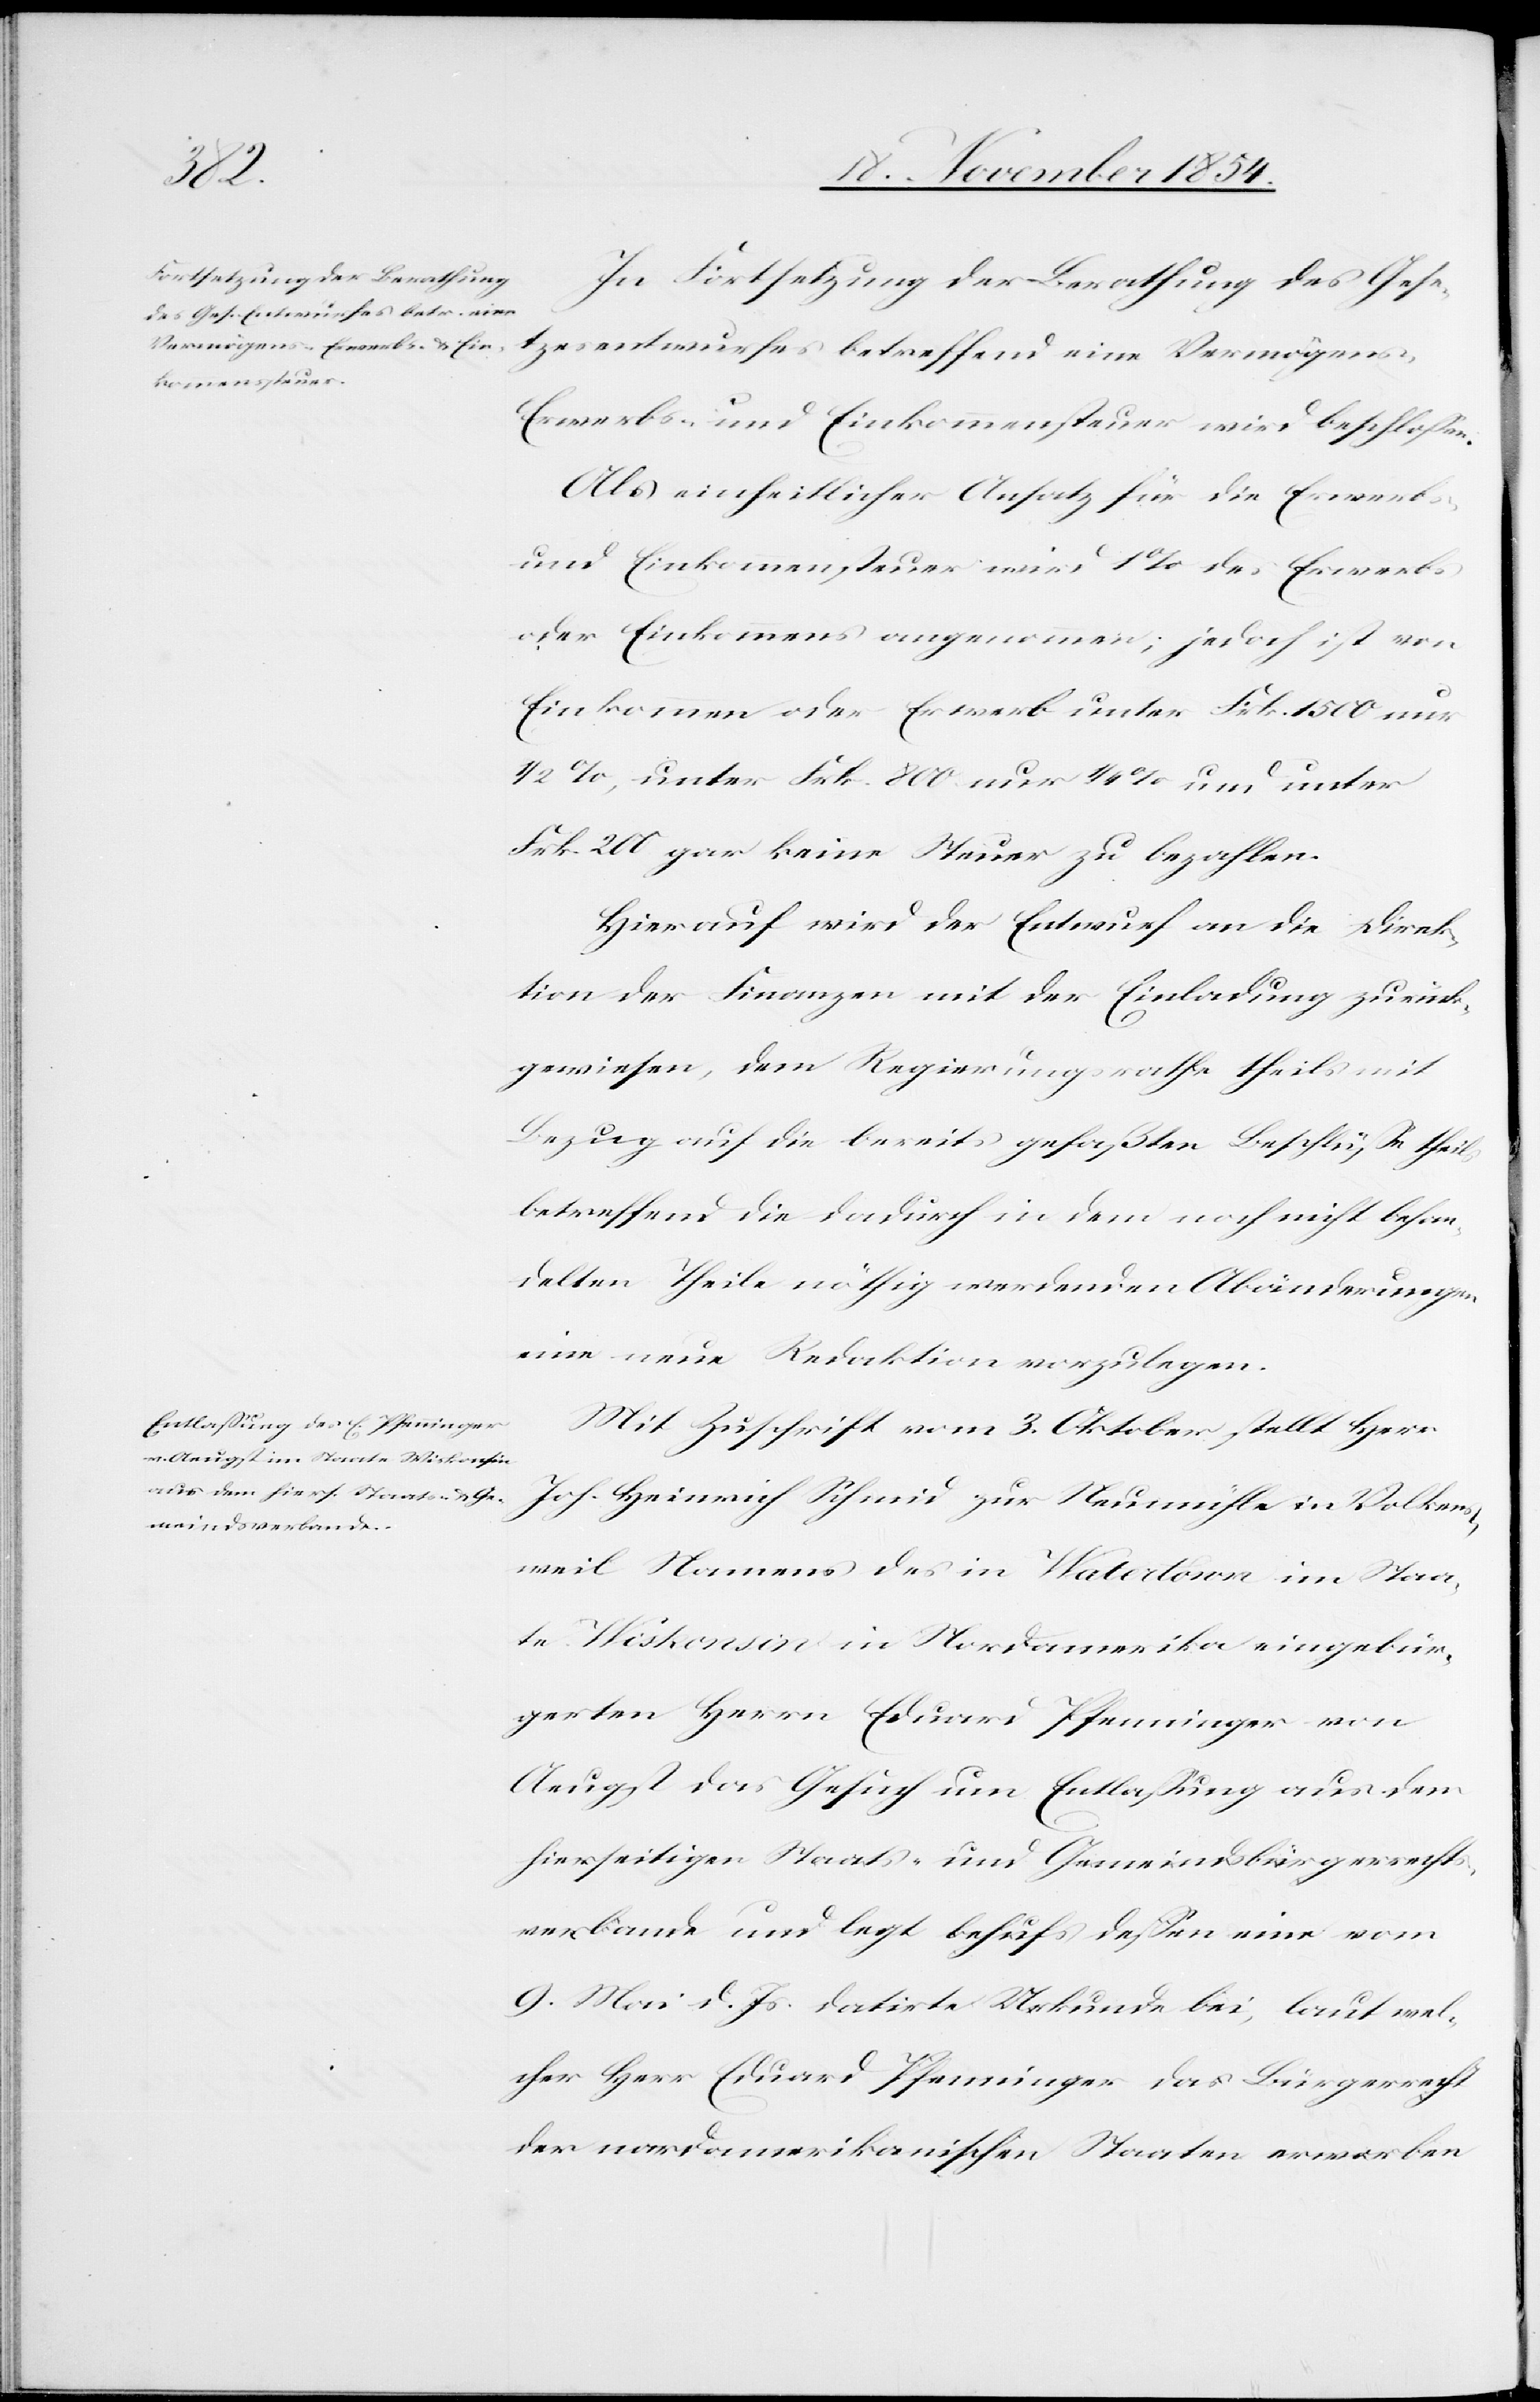
Fortsetzung der Berathung
des Gesetzesentwurfes betreffend eine
Erwerbs- und Einkommenssteuer wird beschloßen:
Als einheitlicher Ansatz für die Erwerbs-
und Einkommenssteuer wird 1% des Erwerbs
oder Einkommens angenommen; jedoch ist von
Einkommen oder Erwerb unter Frk. 1500 nur
1/2%, unter Frk. 800 nur 1/4% und unter
Frk. 200 gar keine Steuer zu bezahlen.
Hierauf wird der Entwurf an die Direk¬
tion der Finanzen mit der Einladung zurück¬
gewiesen, dem Regierungsrathe theils mit
Bezug auf die bereits gefaßten Beschlüße theils
betreffend die dadurch in dem noch nicht behan¬
delten Theile nöthig werdenden Abänderungen
eine neue Redaktion vorzulegen.
Mit Zuschrift vom 3. Oktober stellt Herr
Joh. Heinr. Schmid zur Neumühle in Volkens¬
weil Namens des in Watertown im Staa¬
te Wiskonsin in Nordamerika eingebür¬
gerten Herrn Eduard Pfenninger von
Aeugst das Gesuch um Entlaßung aus dem
hierseitigen Staats- und Gemeindsbürgerrechts¬
verbande und legt behufs deßen eine vom
9. Mai d. Js. datirte Urkunde bei, laut wel¬
cher Herr Eduard Pfenninger das Bürgerrecht
der nordamerikanischen Staaten erworben